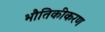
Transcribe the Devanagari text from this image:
भौतिकीकरण